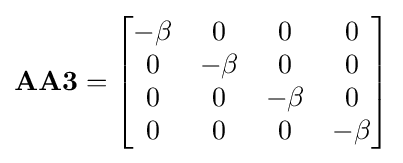
\mathbf {AA3} ={\begin{bmatrix}-\beta &0&0&0\\0&-\beta &0&0\\0&0&-\beta &0\\0&0&0&-\beta \end{bmatrix}}